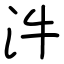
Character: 汼